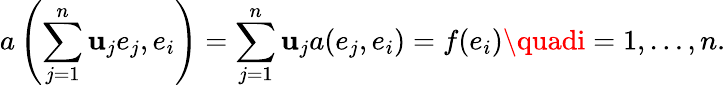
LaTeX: a\left(\sum_{j=1}^{n}\mathbf{u}_{j}e_{j},e_{i}\right)=\sum_{j=1}^{n}\mathbf{u}_{j}a(e_{j},e_{i})=f(e_{i})\quadi=1,\ldots,n.